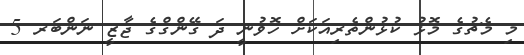
މި މެޗުގެ މޮޅު ކުޅުންތެރިއަކަށް ހޮވުނީ ދަ ގޭންގްގެ ޖާޒީ ނަންބަރ 5